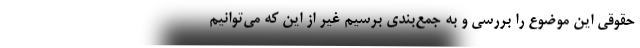
حقوقی این موضوع را بررسی و به جمع‌بندی برسیم غیر از این که می‌توانیم